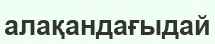
алақандағыдай